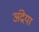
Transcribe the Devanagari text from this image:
अंद्रेया